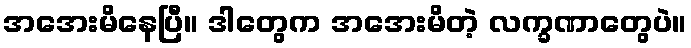
အအေးမိနေပြီ။ ဒါတွေက အအေးမိတဲ့ လက္ခဏာတွေပဲ။